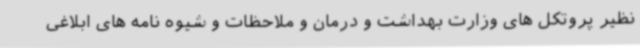
نظیر پروتکل های وزارت بهداشت و درمان و ملاحظات و شیوه نامه های ابلاغی